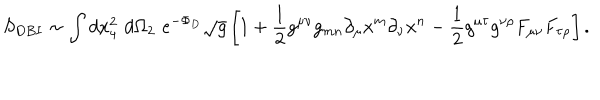
S _ { D B I } \sim \int d x _ { 4 } ^ { 2 } \, \, d \Omega _ { 2 } \, \, e ^ { - \Phi _ { D } } \sqrt { g } \left[ 1 + \frac { 1 } { 2 } g ^ { \mu \nu } g _ { m n } \partial _ { \mu } x ^ { m } \partial _ { \nu } x ^ { n } - \frac { 1 } { 2 } g ^ { \mu \tau } g ^ { \nu \rho } F _ { \mu \nu } F _ { \tau \rho } \right] .